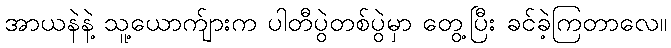
အာယနဲနဲ့ သူ့ယောက်ျားက ပါတီပွဲတစ်ပွဲမှာ တွေ့ပြီး ခင်ခဲ့ကြတာလေ။